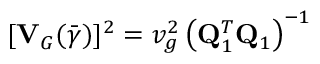
[ { \bf V } _ { G } ( \bar { \boldsymbol { \gamma } } ) ] ^ { 2 } = v _ { g } ^ { 2 } \left( { \bf Q } _ { 1 } ^ { T } { \bf Q } _ { 1 } \right) ^ { - 1 }